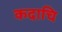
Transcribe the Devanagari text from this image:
कदाचि